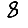
Digit: 8